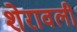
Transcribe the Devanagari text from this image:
शेरावली